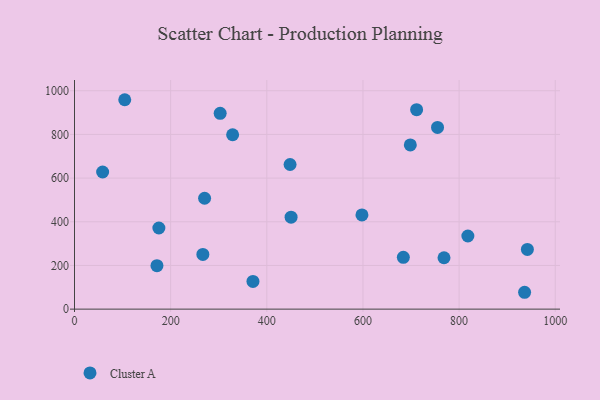
{"axis": {"x": "Experience", "y": "Demand"}, "legend": ["Cluster A"], "data": [{"x": "768.6", "y": 235.2, "type": "Cluster A"}, {"x": "942.0", "y": 273.2, "type": "Cluster A"}, {"x": "175.5", "y": 371.5, "type": "Cluster A"}, {"x": "698.5", "y": 751.7, "type": "Cluster A"}, {"x": "818.2", "y": 334.8, "type": "Cluster A"}, {"x": "328.9", "y": 798.5, "type": "Cluster A"}, {"x": "270.6", "y": 507.7, "type": "Cluster A"}, {"x": "450.5", "y": 421.3, "type": "Cluster A"}, {"x": "171.5", "y": 199.1, "type": "Cluster A"}, {"x": "936.2", "y": 77.2, "type": "Cluster A"}, {"x": "303.0", "y": 896.6, "type": "Cluster A"}, {"x": "371.2", "y": 126.8, "type": "Cluster A"}, {"x": "267.0", "y": 250.7, "type": "Cluster A"}, {"x": "755.1", "y": 832.1, "type": "Cluster A"}, {"x": "711.6", "y": 913.5, "type": "Cluster A"}, {"x": "58.5", "y": 628.0, "type": "Cluster A"}, {"x": "104.5", "y": 958.9, "type": "Cluster A"}, {"x": "684.0", "y": 237.2, "type": "Cluster A"}, {"x": "597.9", "y": 431.5, "type": "Cluster A"}, {"x": "448.4", "y": 662.2, "type": "Cluster A"}]}